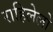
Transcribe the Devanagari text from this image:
राहिलेलो